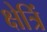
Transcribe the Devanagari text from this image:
क्षेत्रिं